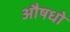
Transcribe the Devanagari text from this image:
औषधो